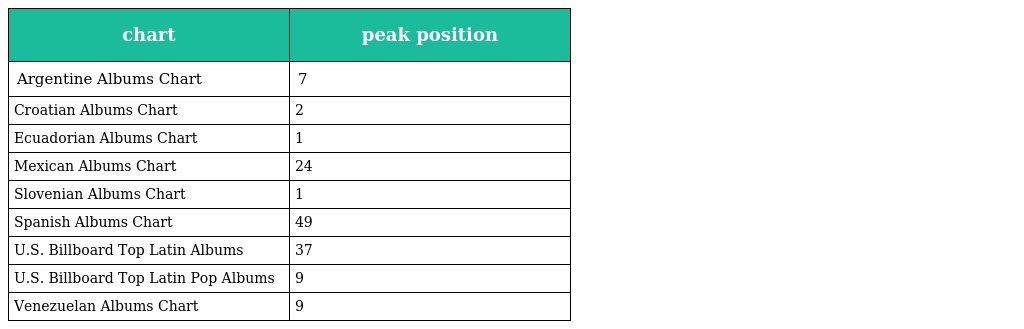
| chart | peak position |
 | --- | --- |
 | Argentine Albums Chart | 7 |
 | Croatian Albums Chart | 2 |
 | Ecuadorian Albums Chart | 1 |
 | Mexican Albums Chart | 24 |
 | Slovenian Albums Chart | 1 |
 | Spanish Albums Chart | 49 |
 | U.S. Billboard Top Latin Albums | 37 |
 | U.S. Billboard Top Latin Pop Albums | 9 |
 | Venezuelan Albums Chart | 9 |